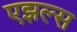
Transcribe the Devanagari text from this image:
एझल्स